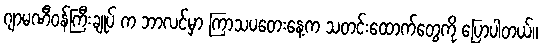
ဂျာမဏီဝန်ကြီးချုပ် က ဘာလင်မှာ ကြာသပတေးနေ့က သတင်းထောက်တွေကို ပြောပါတယ်။